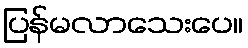
ပြန်မလာသေးပေ။